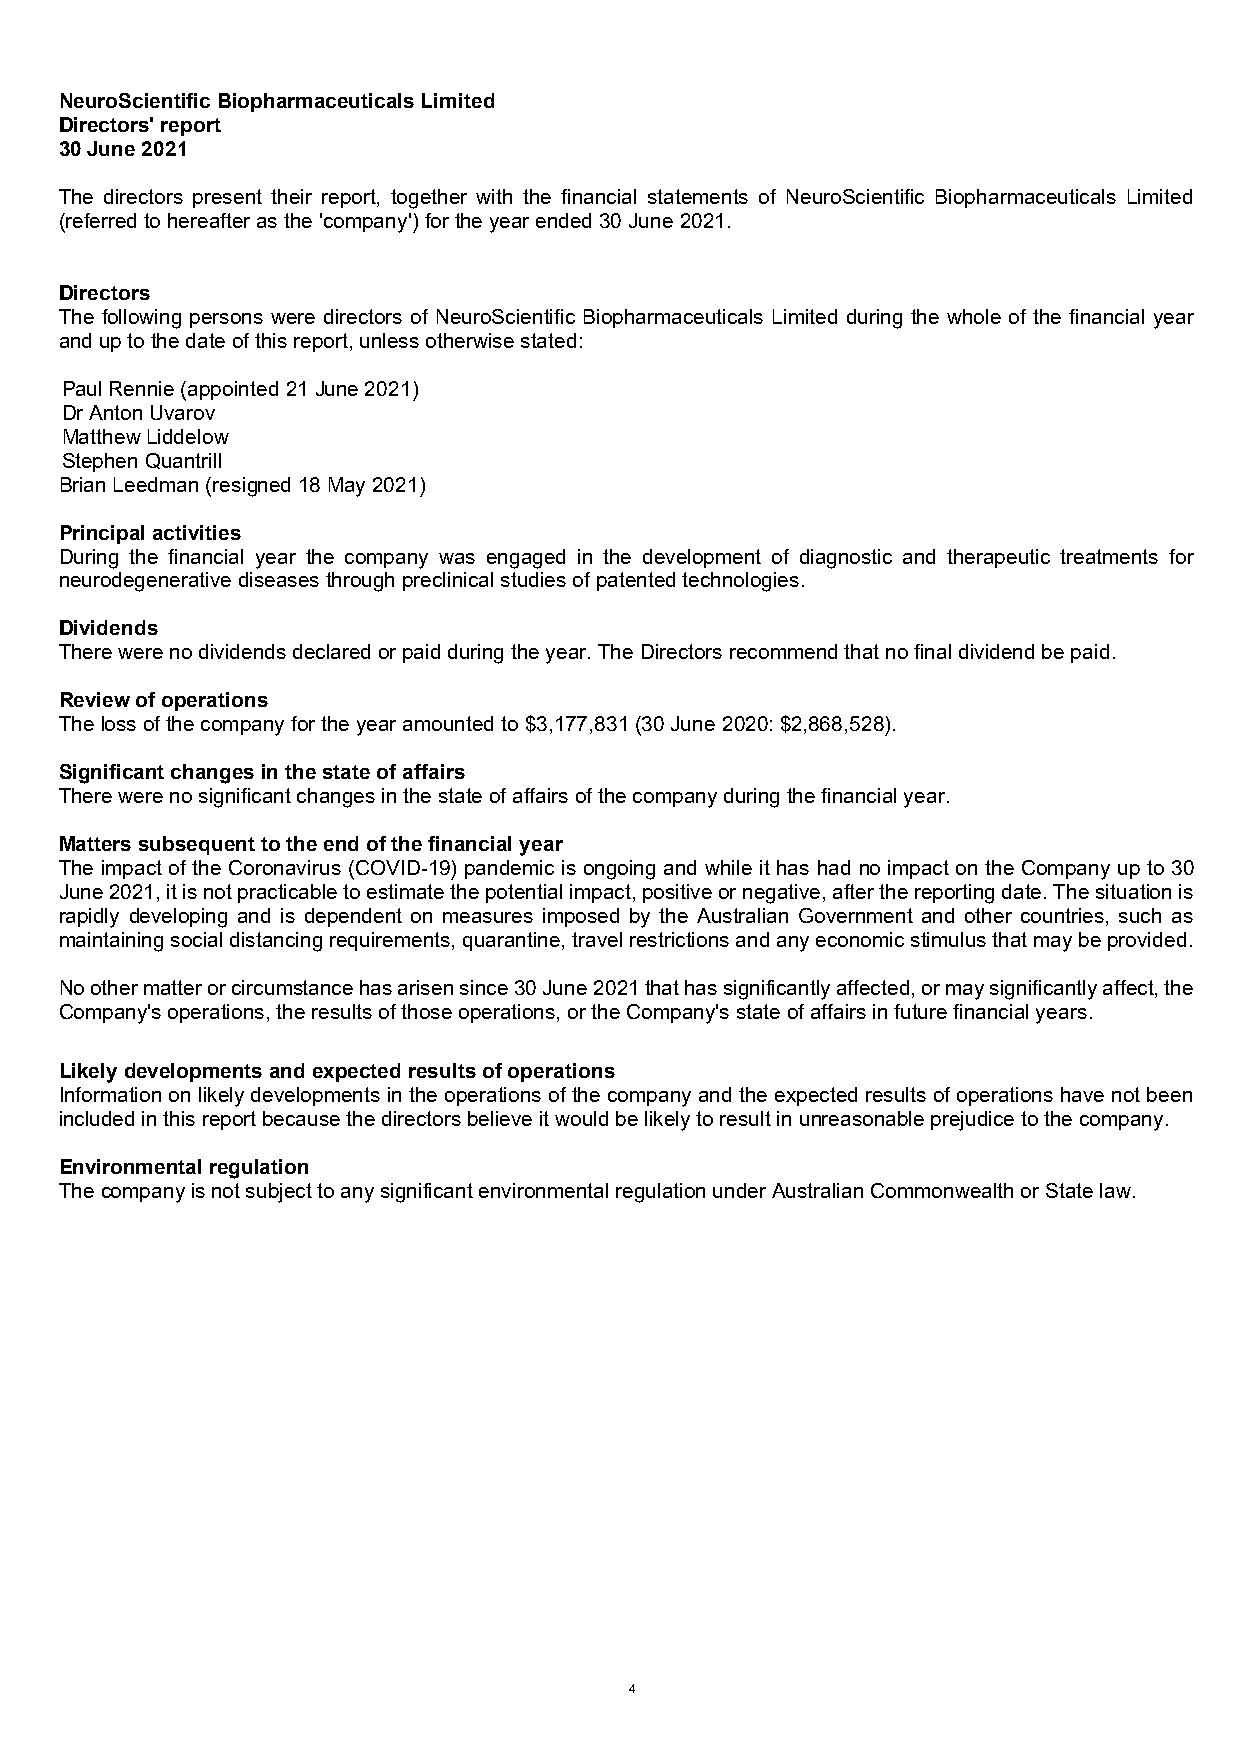
NeuroScientific Biopharmaceuticals Limited
 Directors' report
 30 June 2021
 The directors present their report, together with the financial statements of NeuroScientific Biopharmaceuticals Limited
 (referred to hereafter as the 'company') for the year ended 30 June 2021.
 Directors
 The following persons were directors of NeuroScientific Biopharmaceuticals Limited during the whole of the financial year
 and up to the date of this report, unless otherwise stated:
 Paul Rennie (appointed 21 June 2021)
 Dr Anton Uvarov
 Matthew Liddelow
 Stephen Quantrill
 Brian Leedman (resigned 18 May 2021)
 Principal activities
 During the financial year the company was engaged in the development of diagnostic and therapeutic treatments for
 neurodegenerative diseases through preclinical studies of patented technologies.
 Dividends
 There were no dividends declared or paid during the year. The Directors recommend that no final dividend be paid.
 Review of operations
 The loss of the company for the year amounted to $3,177,831 (30 June 2020: $2,868,528).
 Significant changes in the state of affairs
 There were no significant changes in the state of affairs of the company during the financial year.
 Matters subsequent to the end of the financial year
 The impact of the Coronavirus (COVID-19) pandemic is ongoing and while it has had no impact on the Company up to 30
 June 2021, it is not practicable to estimate the potential impact, positive or negative, after the reporting date. The situation is
 rapidly developing and is dependent on measures imposed by the Australian Government and other countries, such as
 maintaining social distancing requirements, quarantine, travel restrictions and any economic stimulus that may be provided.
 No other matter or circumstance has arisen since 30 June 2021 that has significantly affected, or may significantly affect, the
 Company's operations, the results of those operations, or the Company's state of affairs in future financial years.
 Likely developments and expected results of operations
 Information on likely developments in the operations of the company and the expected results of operations have not been
 included in this report because the directors believe it would be likely to result in unreasonable prejudice to the company.
 Environmental regulation
 The company is not subject to any significant environmental regulation under Australian Commonwealth or State law.
 4